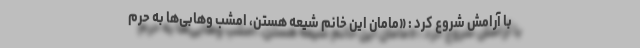
با آرامش شروع کرد : «مامان این خانم شیعه هستن، امشب وهابی‌ها به حرم